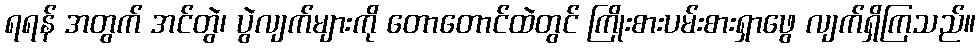
ရရန် အတွက် အင်တွဲ၊ ပွဲလျက်များကို တောတောင်ထဲတွင် ကြိုးစားပမ်းစားရှာဖွေ လျက်ရှိကြသည်။